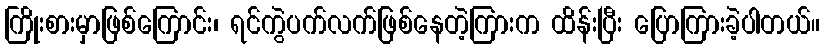
ကြိုးစားမှာဖြစ်ကြောင်း၊ ရင်ကွဲပက်လက်ဖြစ်နေတဲ့ကြားက ထိန်းပြီး ပြောကြားခဲ့ပါတယ်။